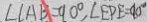
\angle C A B = 9 0 ^ { \circ } , \angle E P E = 9 0 ^ { \circ }